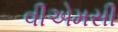
વીએમસી